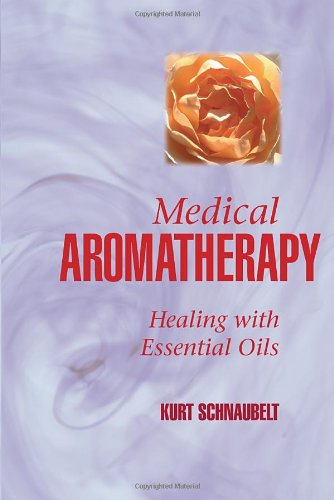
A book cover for Medical Aromatherapy: Healing with Essential Oils; Kurt Schnaubelt; Health, Fitness & Dieting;